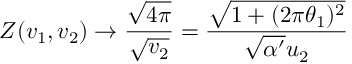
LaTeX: Z ( v _ { 1 } , v _ { 2 } ) \rightarrow \frac { \sqrt { 4 \pi } } { \sqrt { v _ { 2 } } } = \frac { \sqrt { 1 + ( 2 \pi \theta _ { 1 } ) ^ { 2 } } } { \sqrt { \alpha ^ { \prime } } u _ { 2 } }